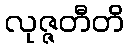
လုဇ္ဇတီတိ